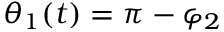
\theta _ { 1 } ( t ) = \pi - \varphi _ { 2 }